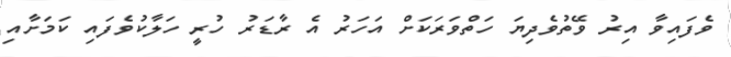
ވެފައިވާ އިރު ވޭތުވެދިޔަ ހަތްވަރަކަށް އަހަރު އެ ރާޑަރު ހުރީ ހަލާކުވެފައި ކަމަށާއި